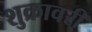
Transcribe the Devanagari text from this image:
शुक्रावरी